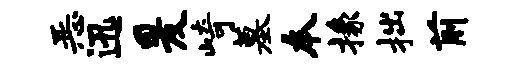
恶迅爰崎墓本掾拙前